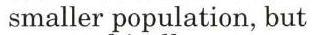
 smaller population, but